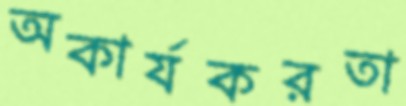
অকার্যকরতা